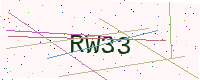
Text: RW33